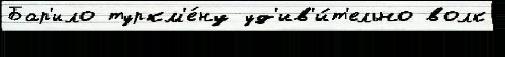
Бар'ило туркм'е́ну уд'ив'и́т'ельно волк